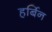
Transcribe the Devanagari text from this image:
हर्बिन